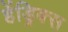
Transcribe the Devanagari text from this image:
हेंड्रिक्‍स